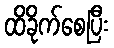
ထိခိုက်စေပြီး